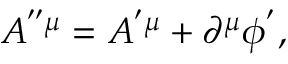
A ^ { ^ { \prime \prime } \mu } = A ^ { ^ { \prime } \mu } + \partial ^ { \mu } \phi ^ { ^ { \prime } } ,